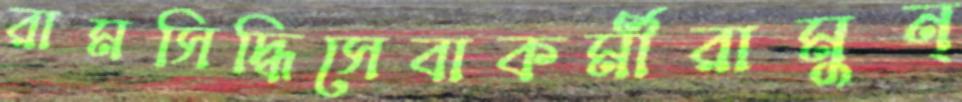
রামসিদ্ধিসেবাকর্মীরামুন্